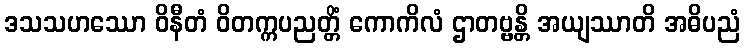
ဒသသဟဿော ဝိနီတံ ဝိတက္ကပညတ္တိံ ကောကိလံ ဌာတဗ္ဗန္တိ အယျဿာတိ အဓိပညံ